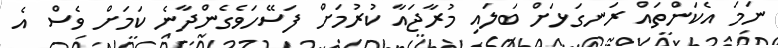
ނަމަ އެކަންތައް ރަނގަޅަށް ބަލައި މުރާޖައާ ކުރުމަށް ފަސޭހަވެގެންދާނެ ކަމަށް ވެސް އެ